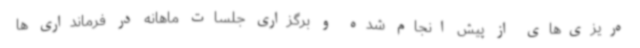
ه‌ریزی‌های از پیش انجام شده و برگزاری جلسات ماهانه در فرمانداری ها